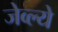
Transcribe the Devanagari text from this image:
जेव्ल्ये